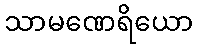
သာမဏေရိယော